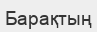
Барақтың